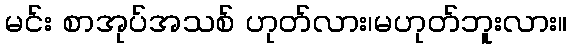
မင်း စာအုပ်အသစ် ဟုတ်လား၊မဟုတ်ဘူးလား။